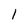
Character: l